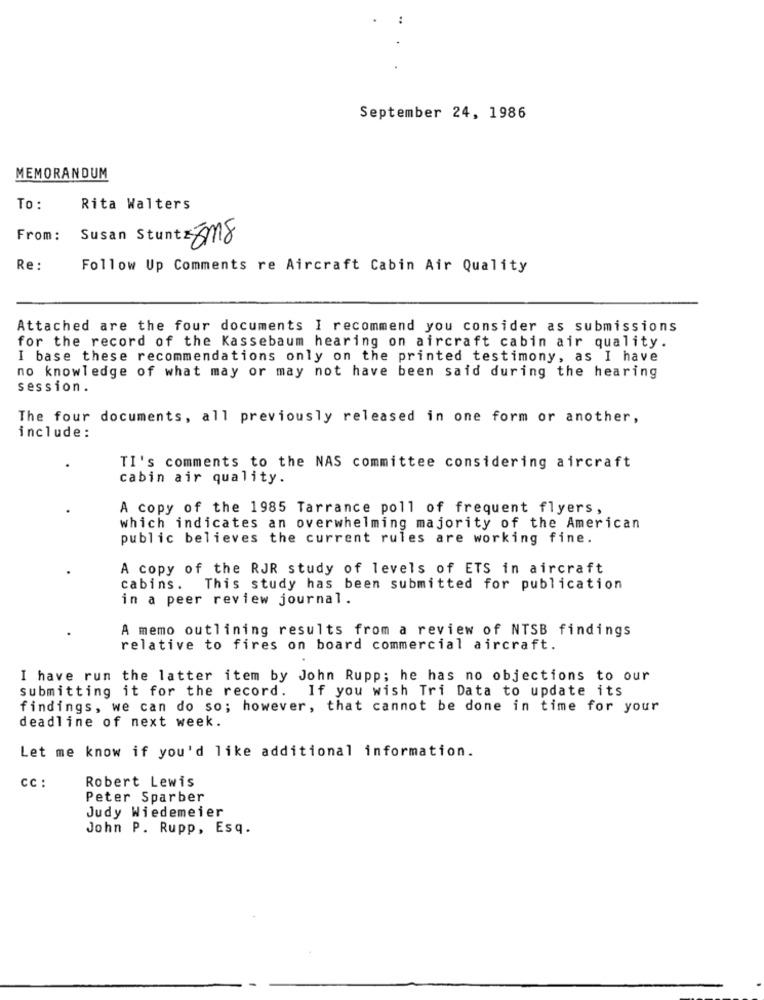
..
September 24, 1986
MEMORANDUM
To :
Rita Walters
From:
Susan Stur
28mg
Re:
Follow Up Comments re Aircraft Cabin Air Quality
Attached are the four documents I recommend you consider as submissions
for the record of the Kassebaum hearing on aircraft cabin air quality.
I base these recommendations only on the printed testimony, as I have
no knowledge of what may or may not have been said during the hearing
session.
The four documents, all previously released in one form or another,
include :
TI's comments to the NAS committee considering aircraft
cabin air quality.
A copy of the 1985 Tarrance poll of frequent flyers,
which indicates an overwhelming majority of the American
public believes the current rules are working fine.
A copy of the RJR study of levels of ETS in aircraft
cabins.
This study has been submitted for publication
in a peer review journal.
A memo outlining results from a review of NTSB findings
relative to fires on board commercial aircraft.
I have run the latter item by John Rupp; he has no objections to our
submitting it for the record. If you wish Tri Data to update its
findings, we can do so; however, that cannot be done in time for your
deadline of next week.
Let me know if you'd like additional information.
Cc :
Robert Lewis
Peter Sparber
Judy Wiedemeier
John P. Rupp, Esq.